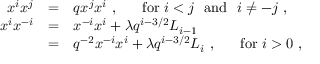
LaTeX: \begin{array} { r c l } { { x ^ { i } x ^ { j } } } & { { = } } & { { q x ^ { j } x ^ { i } ~ , ~ ~ ~ ~ ~ \mathrm { f o r } ~ i < j ~ ~ \mathrm { a n d } ~ ~ i \not = - j ~ , } } \\ { { x ^ { i } x ^ { - i } } } & { { = } } & { { x ^ { - i } x ^ { i } + \lambda q ^ { i - 3 / 2 } L _ { i - 1 } } } \\ { { } } & { { = } } & { { q ^ { - 2 } x ^ { - i } x ^ { i } + \lambda q ^ { i - 3 / 2 } L _ { i } ~ , ~ ~ ~ ~ ~ \mathrm { f o r } ~ i > 0 ~ , } } \end{array}